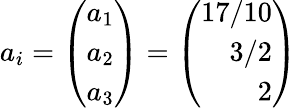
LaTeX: a_{i}=\left(\begin{array}{r}{{a_{1}}}\\ {{a_{2}}}\\ {{a_{3}}}\end{array}\right)=\left(\begin{array}{r}{{17/10}}\\ {{3/2}}\\ {{2}}\end{array}\right)